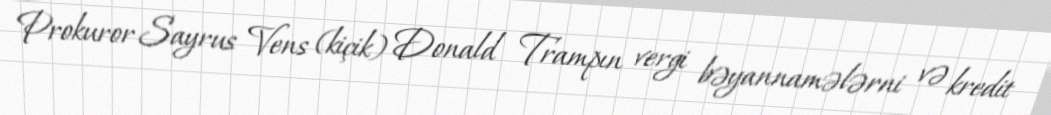
Prokuror Sayrus Vens (kiçik) Donald Trampın vergi bəyannamələrni və kredit